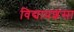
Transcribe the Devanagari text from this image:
विद्याप्रशंसा